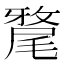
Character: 𭕲